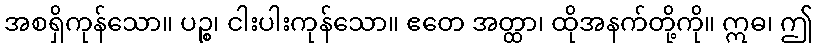
အစရှိကုန်သော။ ပဉ္စ၊ ငါးပါးကုန်သော။ ဧတေ အတ္ထာ၊ ထိုအနက်တို့ကို။ ဣဓ၊ ဤ